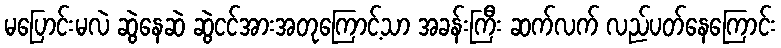
မပြောင်းမလဲ ဆွဲနေဆဲ ဆွဲငင်အားအတုကြောင့်သာ အခန်းကြီး ဆက်လက် လည်ပတ်နေကြောင်း